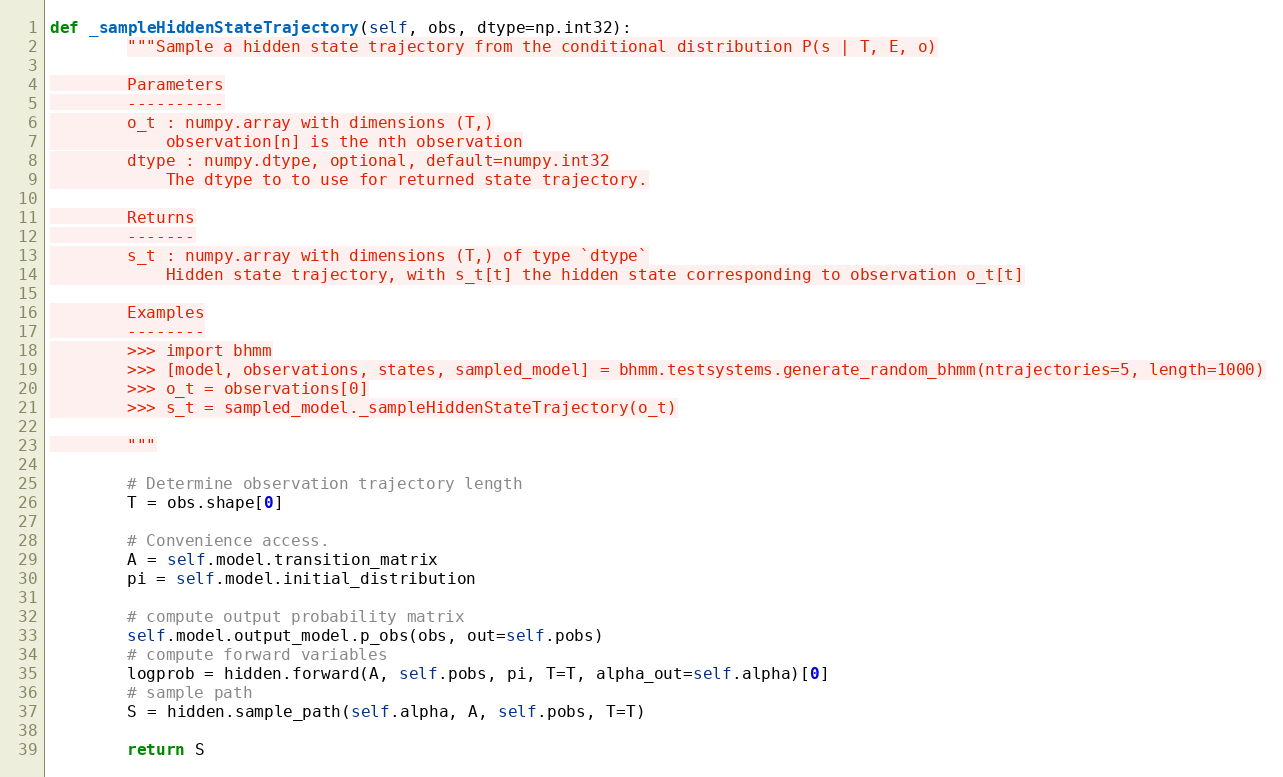
Language: Python
def _sampleHiddenStateTrajectory(self, obs, dtype=np.int32):
        """Sample a hidden state trajectory from the conditional distribution P(s | T, E, o)

        Parameters
        ----------
        o_t : numpy.array with dimensions (T,)
            observation[n] is the nth observation
        dtype : numpy.dtype, optional, default=numpy.int32
            The dtype to to use for returned state trajectory.

        Returns
        -------
        s_t : numpy.array with dimensions (T,) of type `dtype`
            Hidden state trajectory, with s_t[t] the hidden state corresponding to observation o_t[t]

        Examples
        --------
        >>> import bhmm
        >>> [model, observations, states, sampled_model] = bhmm.testsystems.generate_random_bhmm(ntrajectories=5, length=1000)
        >>> o_t = observations[0]
        >>> s_t = sampled_model._sampleHiddenStateTrajectory(o_t)

        """

        # Determine observation trajectory length
        T = obs.shape[0]

        # Convenience access.
        A = self.model.transition_matrix
        pi = self.model.initial_distribution

        # compute output probability matrix
        self.model.output_model.p_obs(obs, out=self.pobs)
        # compute forward variables
        logprob = hidden.forward(A, self.pobs, pi, T=T, alpha_out=self.alpha)[0]
        # sample path
        S = hidden.sample_path(self.alpha, A, self.pobs, T=T)

        return S